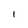
Character: I